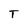
Character: T